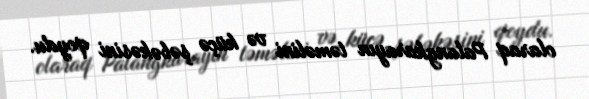
olaraq Palangkarayın təməlini və küçə şəbəkəsini qoydu.